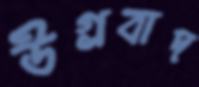
উগ্রবাদ